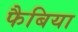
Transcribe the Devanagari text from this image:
फैबिया